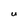
Character: U